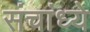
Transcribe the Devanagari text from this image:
संचांध्ये